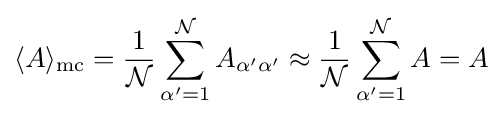
\langle A\rangle _{\text{mc}}={\frac {1}{\mathcal {N}}}\sum _{\alpha '=1}^{\mathcal {N}}A_{\alpha '\alpha '}\approx {\frac {1}{\mathcal {N}}}\sum _{\alpha '=1}^{\mathcal {N}}A=A